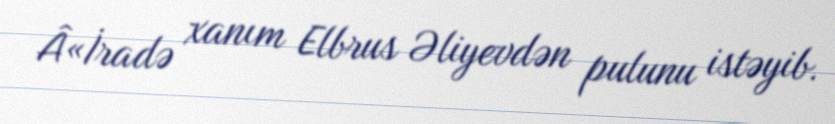
Â«İradə xanım Elbrus Əliyevdən pulunu istəyib.